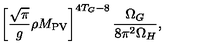
\left[ \frac { \sqrt { \pi } } { g } \rho M _ { \mathrm { P V } } \right] ^ { 4 T _ { G } - 8 } \frac { \Omega _ { G } } { 8 \pi ^ { 2 } \Omega _ { H } } ,